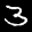
Label: 3